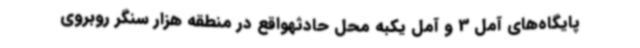
پایگاه‌های آمل 3 و آمل یکبه محل حادثهواقع در منطقه هزار سنگر روبروی